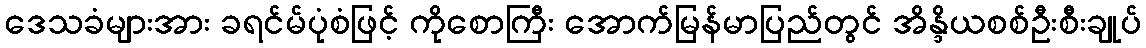
ဒေသခံများအား ခရင်မ်ပုံစံဖြင့် ကိုစောကြီး အောက်မြန်မာပြည်တွင် အိန္ဒိယစစ်ဦးစီးချုပ်